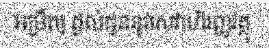
អម្រឹត] ផ្តល់ជូននូវសេវាហិរញ្ញវត្ថុ